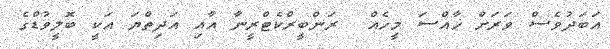
އަބަދުވެސް ވަރަށް ޚާއްސަ މީހެއް  ރަންބީރްކެޓްރީނާ އާއި އަދިތްޔަ އަކީ ބޮލީވުޑްގެ